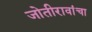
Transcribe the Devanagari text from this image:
जोतीरावांचा